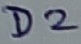
Text: D2